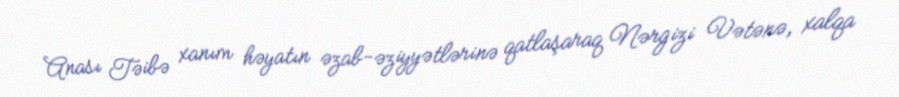
Anası Təibə xanım həyatın əzab-əziyyətlərinə qatlaşaraq Nərgizi Vətənə, xalqa